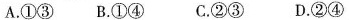
A.①③ B.①④ C.②③ D.②④